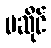
မဆိုင်